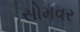
સોમવર